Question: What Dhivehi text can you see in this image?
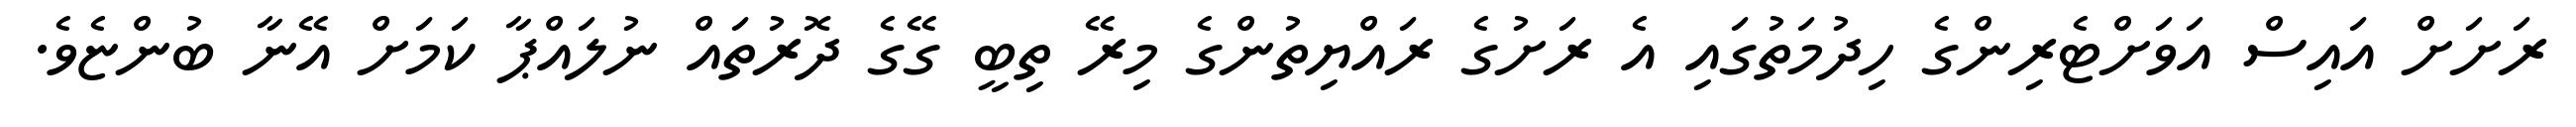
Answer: ރަށަށް އައިސް އަވަށްޓެރިންގެ ހިދުމަތުގައި އެ ރަށުގެ ރައްޔިތުންގެ މިރޭ ތިބީ ގޭގެ ދޮރުތައް ނުލައްޕާ ކަމަށް އޭނާ ބުންޏެވެ.